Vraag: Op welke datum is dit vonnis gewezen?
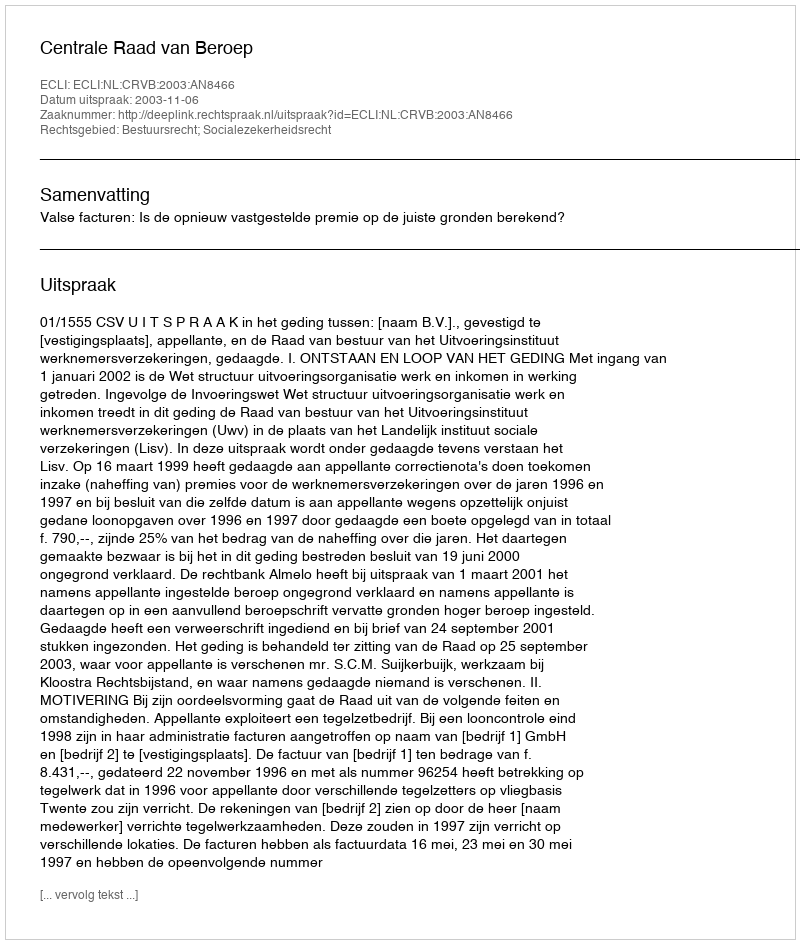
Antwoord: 2003-11-06